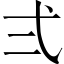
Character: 弍